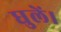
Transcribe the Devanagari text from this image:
घुलें।